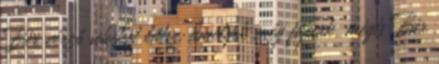
Bár vérző sebeket látsz, amelyek még fájnak, mégis Bár